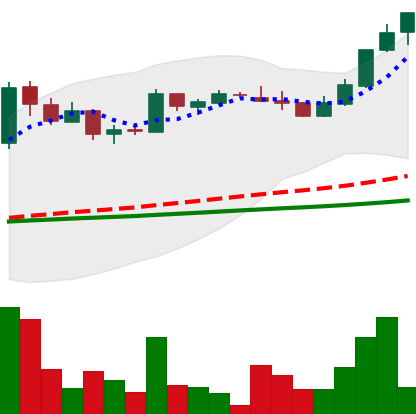
Ticker: LTC-USD
Chart end date: 2017-04-24
Forward return: 5.189%
Label: up_5_7